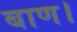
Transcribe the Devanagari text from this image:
बाण।